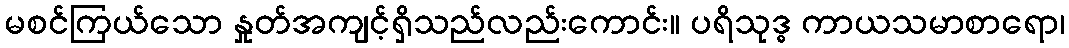
မစင်ကြယ်သော နှုတ်အကျင့်ရှိသည်လည်းကောင်း။ ပရိသုဒ္ဓ ကာယသမာစာရော၊